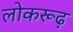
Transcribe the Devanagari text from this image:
लोकरूढ़